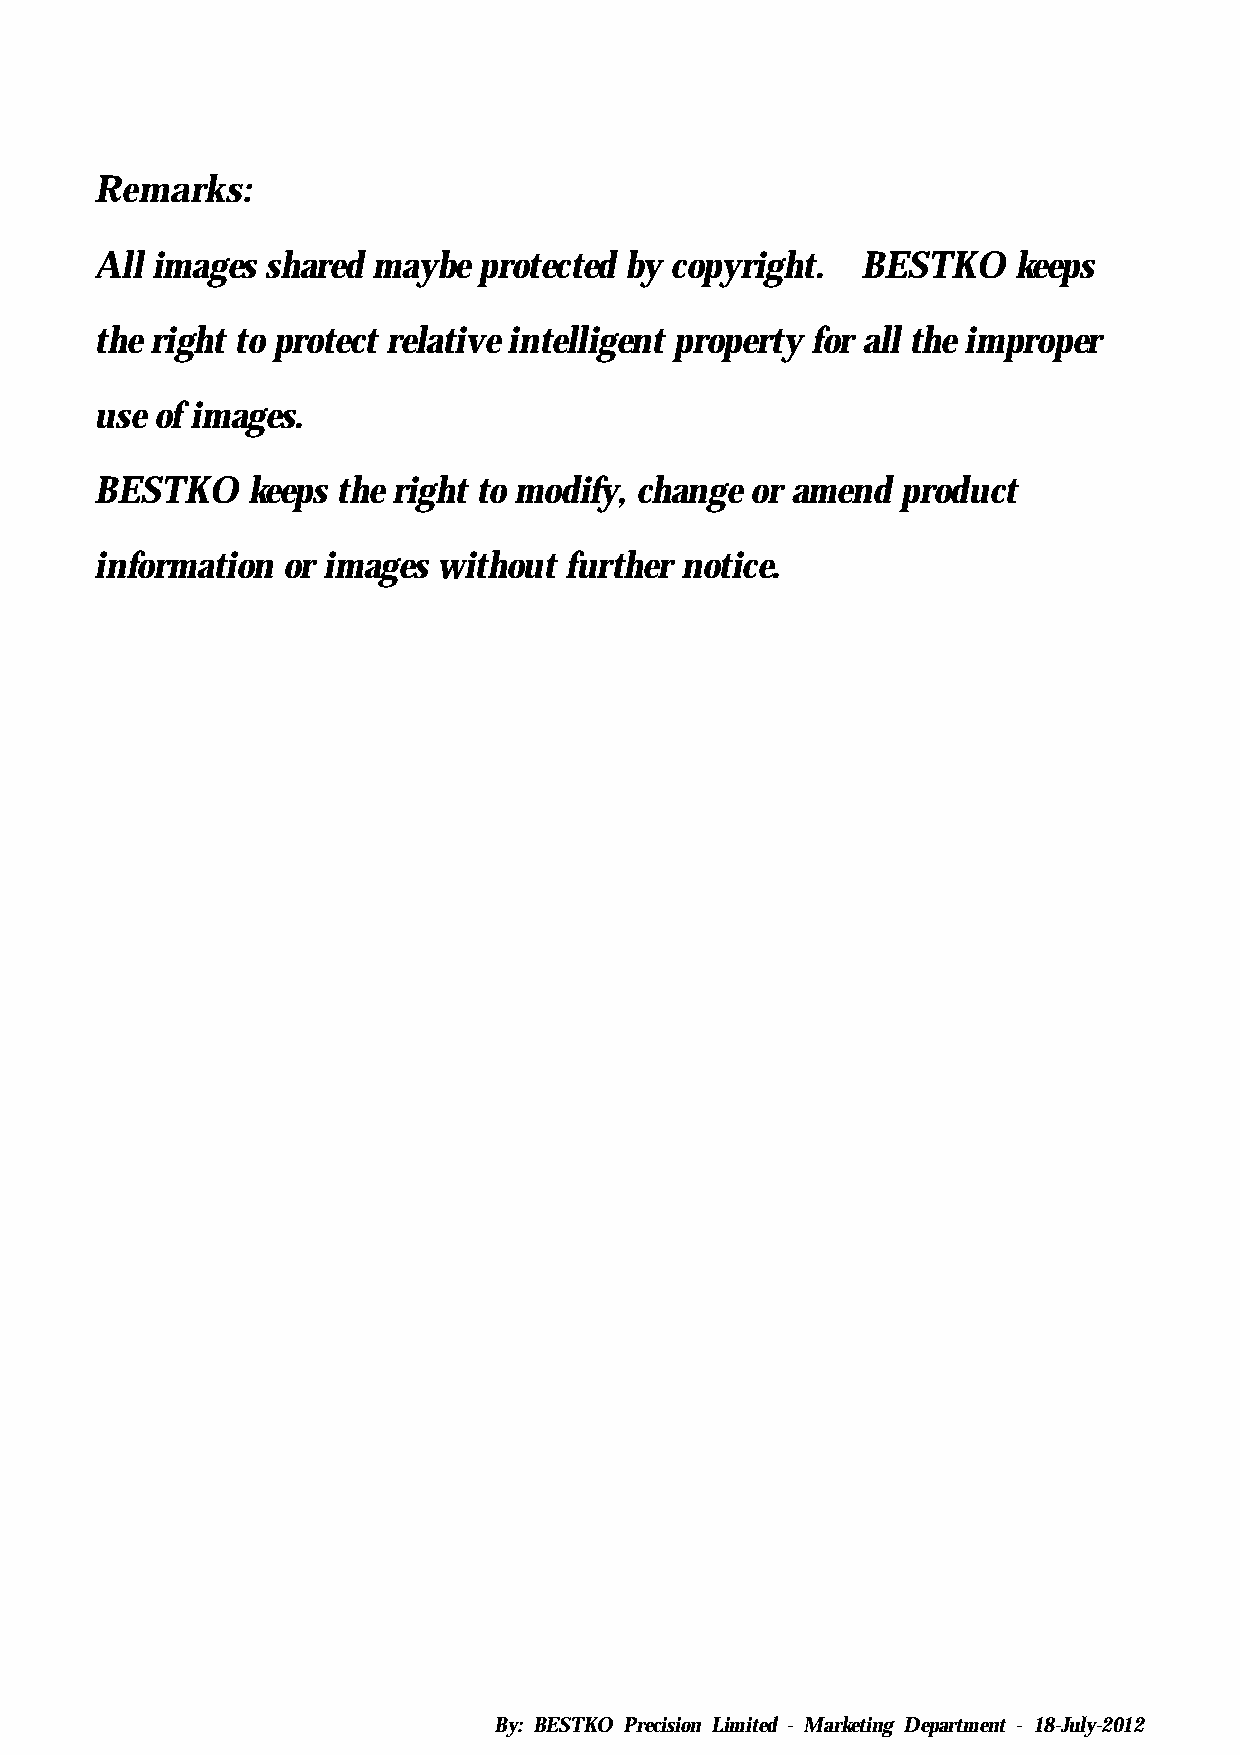
Remarks:
 All images  shared maybe  protected by copyright. BESTKO    keeps
 the right to protect relative intelligent property for all the improper
 use of images.
 BESTKO    keeps the right to modify, change or amend  product
 information  or images without further notice.
 By: BESTKO Precision Limited - Marketing Department - 18-July-2012